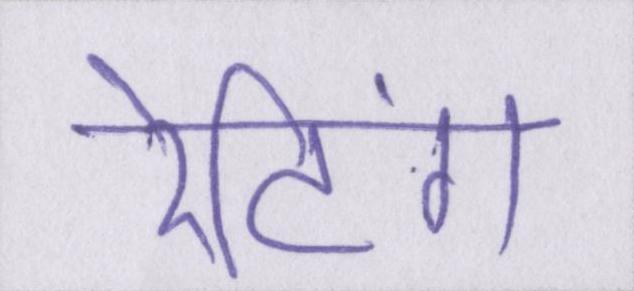
रेटिंग